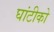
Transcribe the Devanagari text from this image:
घांटीको